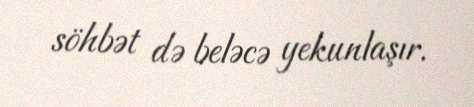
söhbət də beləcə yekunlaşır.